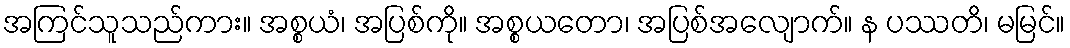
အကြင်သူသည်ကား။ အစ္စယံ၊ အပြစ်ကို။ အစ္စယတော၊ အပြစ်အလျောက်။ န ပဿတိ၊ မမြင်။